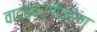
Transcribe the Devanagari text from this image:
वाद्यवर्गीकरण